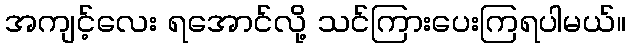
အကျင့်လေး ရအောင်လို့ သင်ကြားပေးကြရပါမယ်။